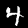
Label: 4